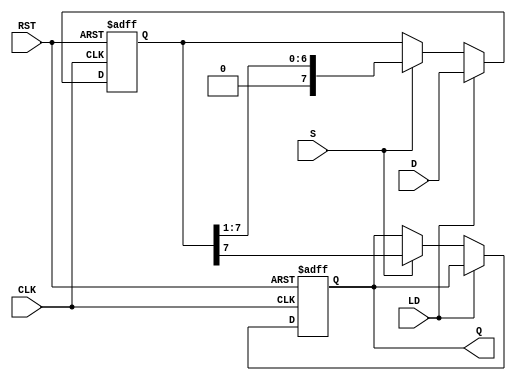
module PISO_Register #(
    parameter DATA_WIDTH = 8  // Define the width of the data
)(
    input wire [DATA_WIDTH-1:0] D, // Parallel Data Input
    input wire LD,                 // Load Control Signal
    input wire S,                  // Shift Control Signal
    input wire CLK,                // Clock Signal
    input wire RST,                // Asynchronous Reset Signal
    output reg Q                   // Serial Output
);

    reg [DATA_WIDTH-1:0] shift_reg; // Shift Register

    // Asynchronous Reset and Data Load/Shift Logic
    always @(posedge CLK or posedge RST) begin
        if (RST) begin
            shift_reg <= 0; // Clear the register if reset is asserted
            Q <= 0; // Reset serial output
        end else begin
            if (LD) begin
                // Load data into the register
                shift_reg <= D; // Load data on the rising edge of CLK
            end else if (S) begin
                // Shift operation
                Q <= shift_reg[DATA_WIDTH-1]; // Output the MSB
                shift_reg <= {1'b0, shift_reg[DATA_WIDTH-1:1]}; // Shift left
            end
        end
    end

endmodule